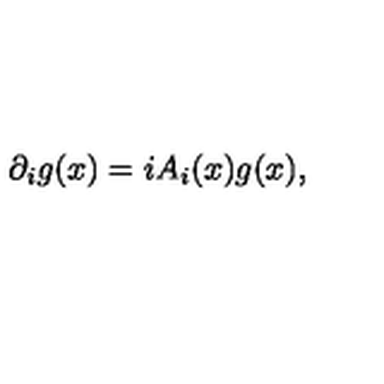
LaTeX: \partial _ { i } g ( x ) = i A _ { i } ( x ) g ( x ) ,